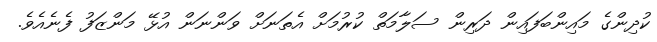
ކުދިންގެ މައިންބަފައިން ދަރިން ސަލާމަތް ކުރުމަށް އެތަނަށް ވަންނަން އުޅޭ މަންޒަފު ފެނެއެވެ.